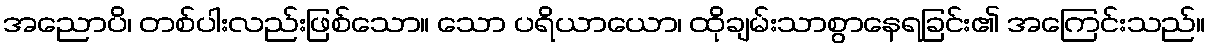
အညောပိ၊ တစ်ပါးလည်းဖြစ်သော။ သော ပရိယာယော၊ ထိုချမ်းသာစွာနေရခြင်း၏ အကြေင်းသည်။